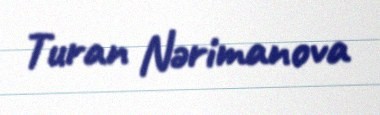
Turan Nərimanova